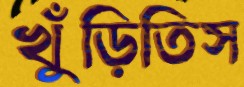
খুঁড়িতিস